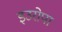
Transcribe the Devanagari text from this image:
इउरोपा